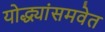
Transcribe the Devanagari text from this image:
योद्ध्यांसमवेत